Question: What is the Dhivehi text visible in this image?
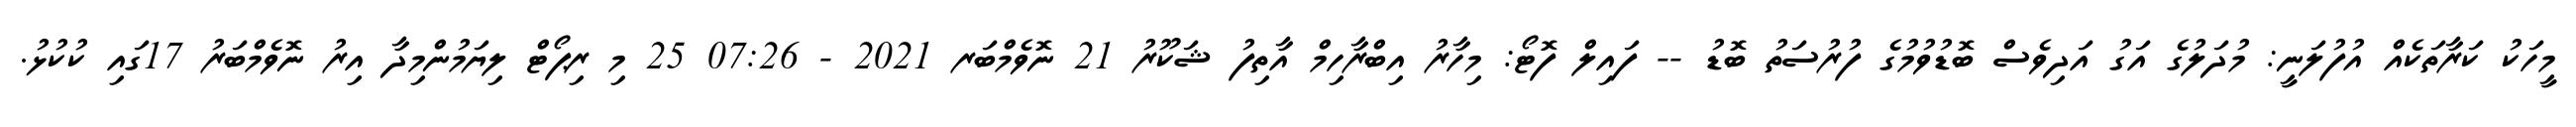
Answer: މީހަކު ކަރާތަކެއް އުފުލަނީ: މުދަލުގެ އަގު އަދިވެސް ބޮޑުވުމުގެ ފުރުސަތު ބޮޑު -- ފައިލް ފޮޓޯ: މިހާރު އިބްރާހިމް އާތިފު ޝަކޫރު 21 ނޮވެމްބަރ 2021 - 07:26 25 މި ރިޕޯޓް ލިޔަމުންމިދާ އިރު ނޮވެމްބަރު 17ގައި ކުކުޅު.